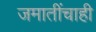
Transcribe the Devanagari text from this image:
जमातींचाही